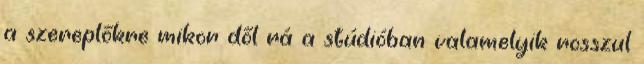
a szereplőkre mikor dől rá a stúdióban valamelyik rosszul